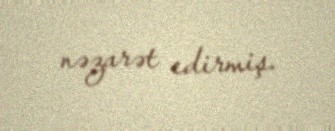
nəzarət edirmiş.